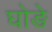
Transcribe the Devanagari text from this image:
घोङे